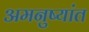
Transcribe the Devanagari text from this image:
अमनुष्यांत